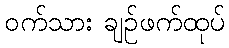
ဝက်သား ချဉ်ဖက်ထုပ်